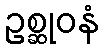
ဥစ္ဆုဝနံ